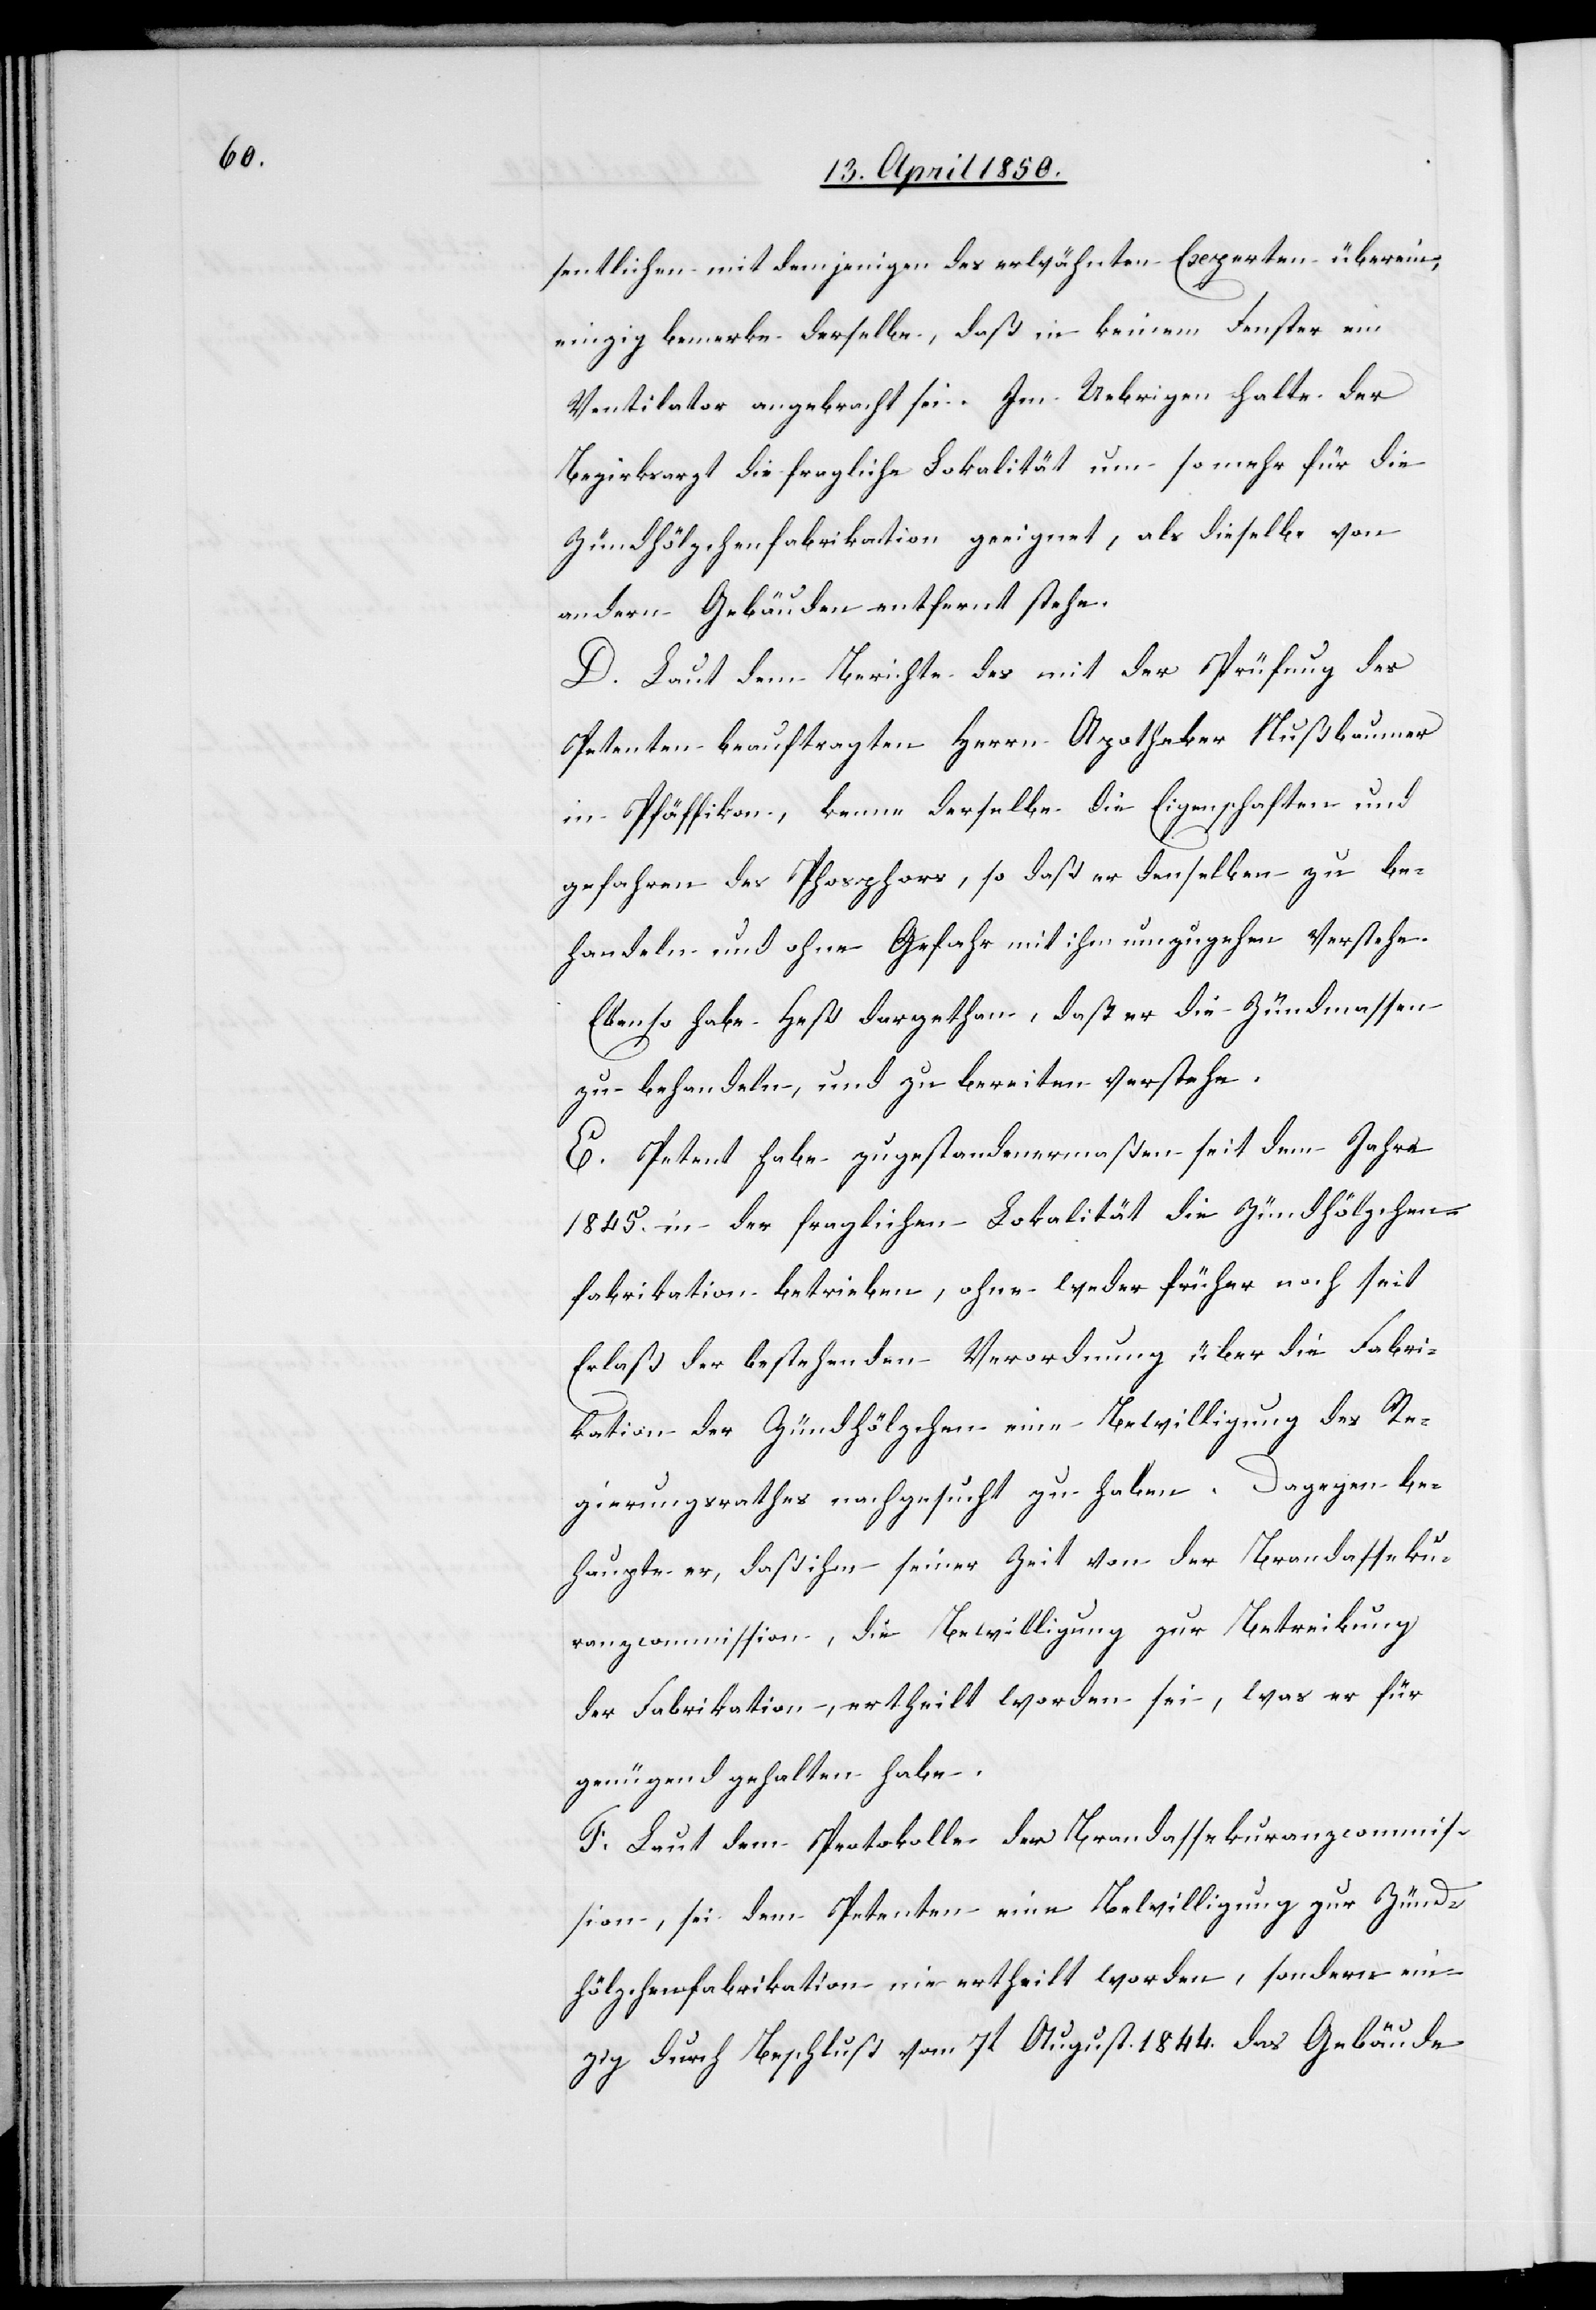
sentlichen mit demjenigen des erwähnten Experten überein,
einzig bemerke derselbe, daß in keinem Fenster ein
Ventilator angebracht sei. Im Uebrigen halte der
Bezirksarzt die fragliche Lokalität um so mehr für die
Zündhölzchenfabrikation geeignet, als dieselbe von
andern Gebäuden entfernt stehe.
D. Laut dem Berichte des mit der Prüfung des
Petenten beauftragten Herrn Apotheker Nußbaumer
in Pfäffikon, kenne derselbe die Eigenschaften und
behandeln und ohne Gefahr mit ihm umzugehen verstehe.
Ebenso habe Heß dargethan, daß er die Zündmassen
zu behandeln, und zu bereiten verstehe.
E. Petent habe zugestandenermaßen seit dem Jahre
1845. in der fraglichen Lokalität die Zündhölzchen¬
fabrikation betrieben, ohne weder früher noch seit
Erlaß der bestehenden Verordnung über die Fabri¬
kation der Zündhölzchen eine Bewilligung des Re¬
gierungsrathes nachgesucht zu haben. Dagegen be¬
haupte er, daß ihm seiner Zeit von der Brandasseku¬
ranzcommission, die Bewilligung zur Betreibung
der Fabrikation, ertheilt worden sei, was er für
genügend gehalten habe.
F. Laut dem Protokolle der Brandassekuranzcommis¬
sion, sei dem Petenten eine Bewilligung zur Zünd¬
hölzchenfabrikation nie ertheilt worden, sondern ein¬
zig durch Beschluß vom 7t August. 1844. das Gebäude